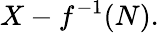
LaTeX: X-f^{-1}(N).